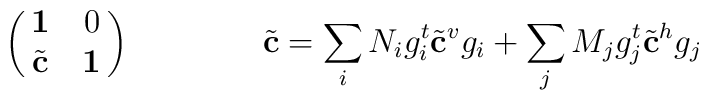
\pmatrix{{\bf 1}&0\cr{\tilde{\bf c}}&{\bf 1}}\qquad\qquad{\tilde{\bf c}}=\sum_iN_i g_i^t {\tilde{\bf c}}^v g_i+\sum_jM_j g_j^t {\tilde{\bf c}}^h g_j